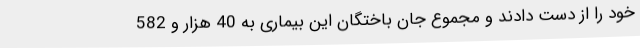
خود را از دست دادند و مجموع جان باختگان این بیماری به 40 هزار و 582